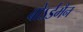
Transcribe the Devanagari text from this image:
बोऽर्डमैन